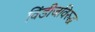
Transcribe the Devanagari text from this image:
विंडीजविरुद्ध